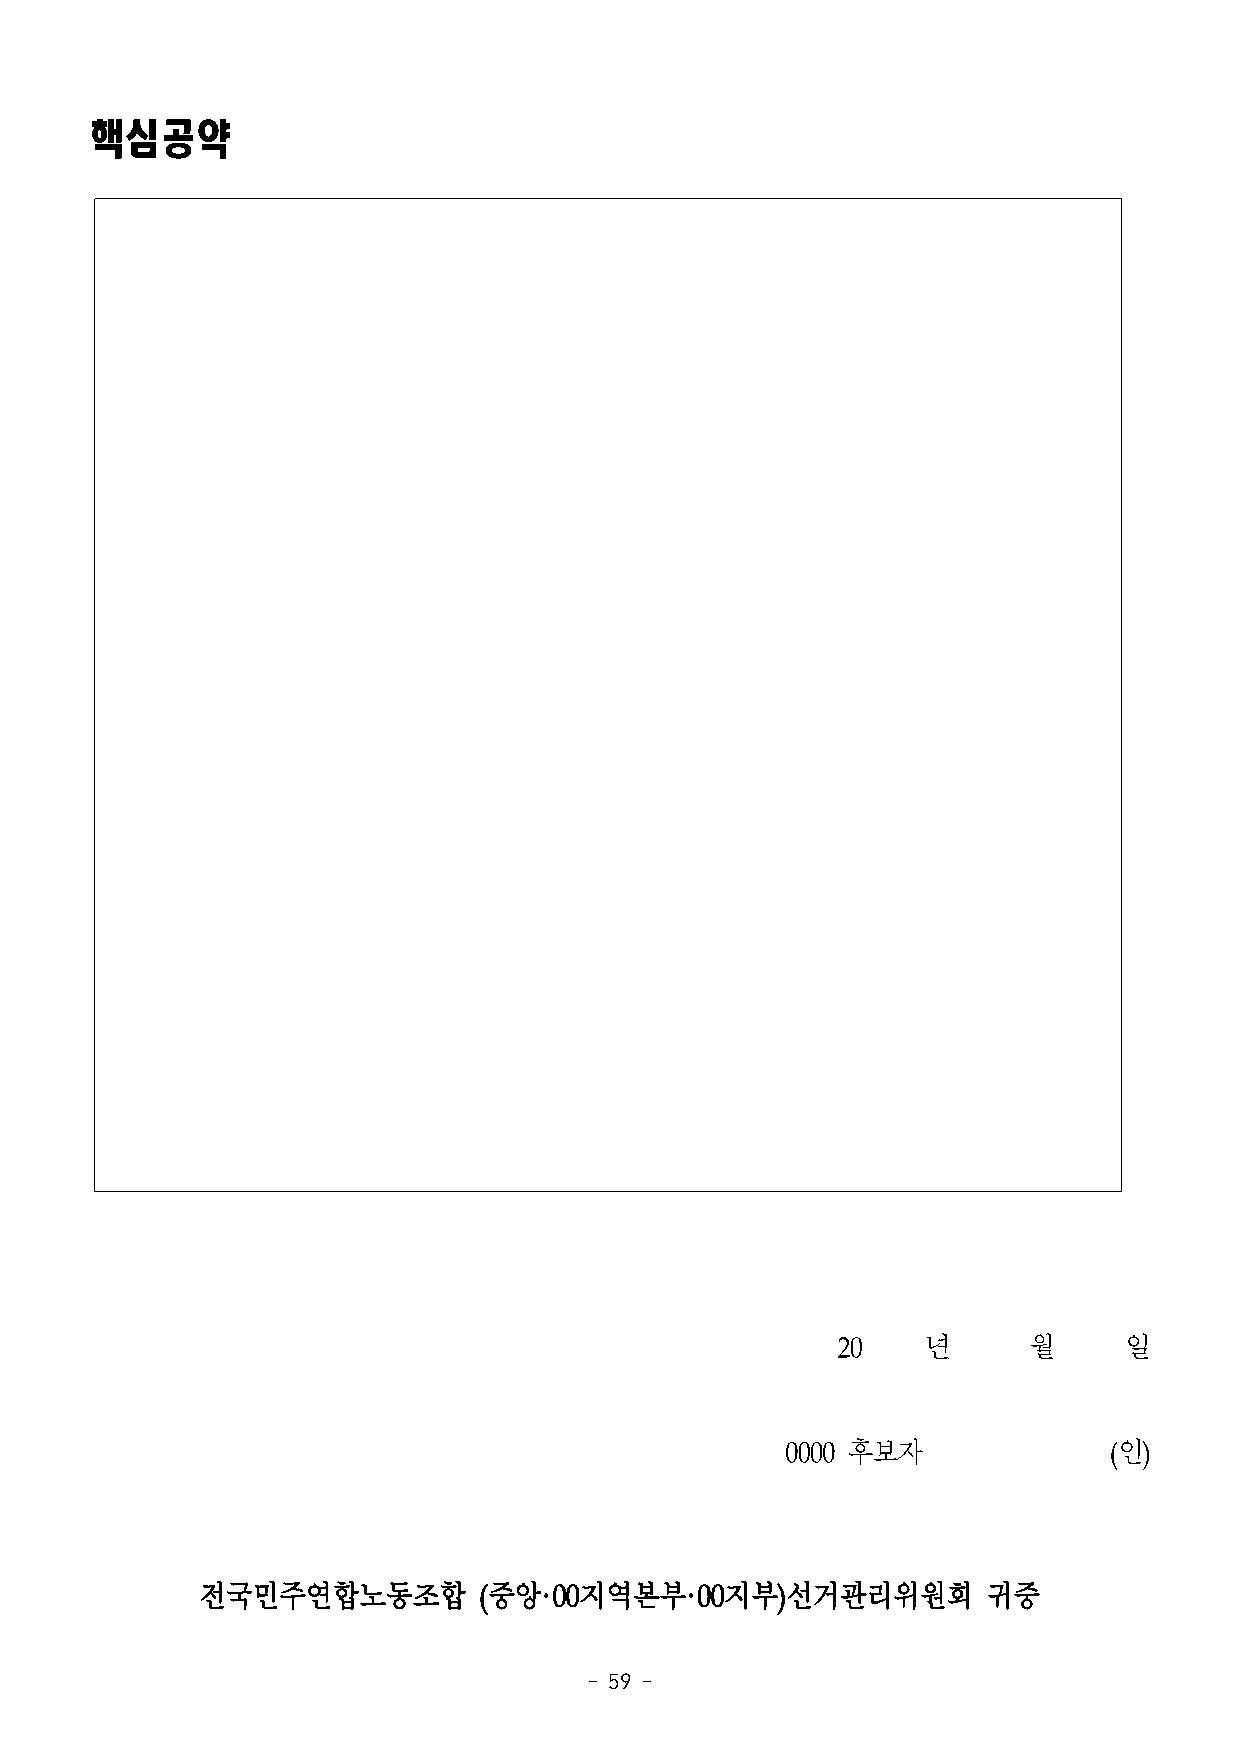
핵심공약
 20    년      월     일
 0000 후보자             (인)
 전국민주연합노동조합         (중앙·00지역본부·00지부)선거관리위원회          귀중
 - 59 -